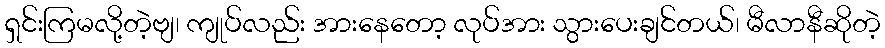
ရှင်းကြမလို့တဲ့ဗျ၊ ကျုပ်လည်း အားနေတော့ လုပ်အား သွားပေးချင်တယ်၊ မီလာနီဆိုတဲ့